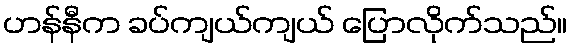
ဟန်နီက ခပ်ကျယ်ကျယ် ပြောလိုက်သည်။